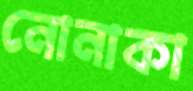
নোনাকা